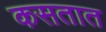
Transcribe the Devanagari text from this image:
कसतात